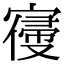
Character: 𡪢